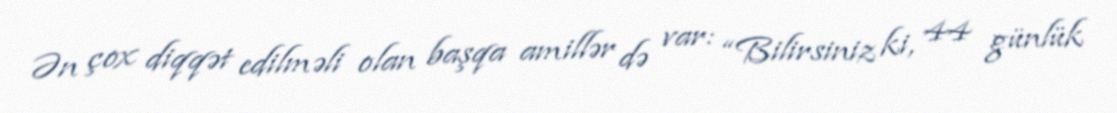
Ən çox diqqət edilməli olan başqa amillər də var: “Bilirsiniz ki, 44 günlük